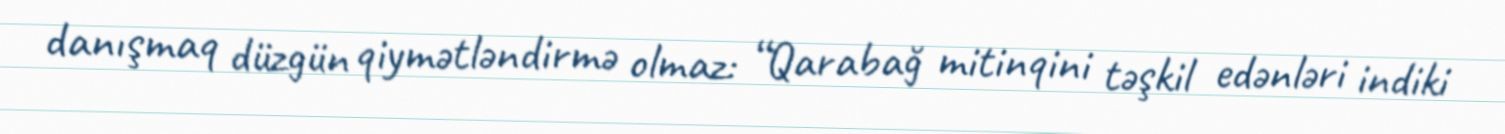
danışmaq düzgün qiymətləndirmə olmaz: “Qarabağ mitinqini təşkil edənləri indiki